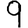
Digit: 9